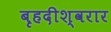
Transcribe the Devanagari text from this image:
बृहदीश्वरार